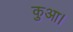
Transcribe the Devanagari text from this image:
कुआ।